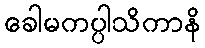
ခေါမကပ္ပါသိကာနိ